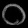
Digit: ၀